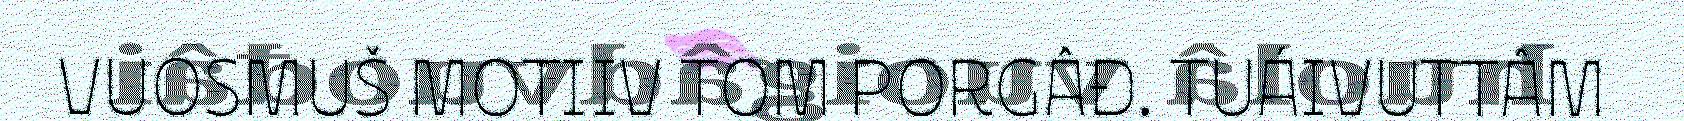
VUOSMUŠ MOTIIV TOM PORGÂĐ. TUÁIVUTTÂM